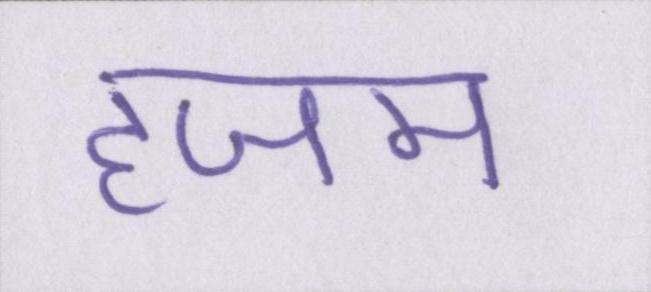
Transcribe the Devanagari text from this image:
हजम